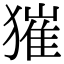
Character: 獕